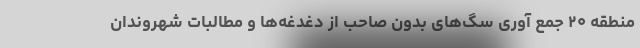
منطقه ۲۰ جمع آوری سگ‌های بدون صاحب از دغدغه‌ها و مطالبات شهروندان